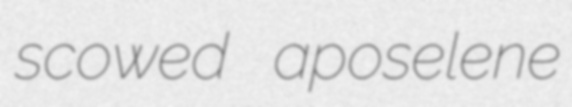
scowed aposelene